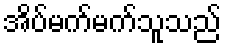
အိပ်မက်မက်သူသည်